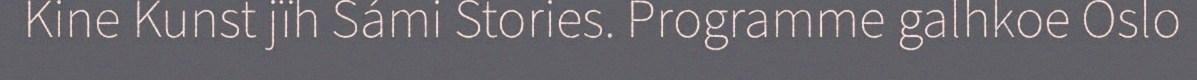
Kine Kunst jïh Sámi Stories. Programme galhkoe Oslo